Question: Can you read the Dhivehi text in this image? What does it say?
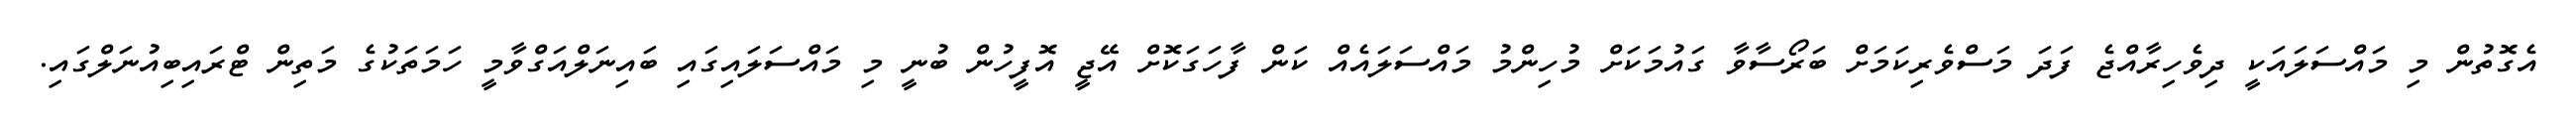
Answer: އެގޮތުން މި މައްސަލައަކީ ދިވެހިރާއްޖެ ފަދަ މަސްވެރިކަމަށް ބަރޯސާވާ ގައުމަކަށް މުހިންމު މައްސަލައެއް ކަން ފާހަގަކޮށް އޭޖީ އޮފީހުން ބުނީ މި މައްސަލައިގައި ބައިނަލްއަގްވާމީ ހަމަތަކުގެ މަތިން ޓްރައިބިއުނަލްގައި.